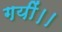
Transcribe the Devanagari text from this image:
गयीं।।